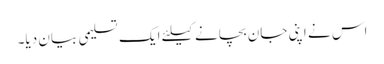
اس نے اپنی جان بچانے کیلئے ایک تسلیمی بیان دیا۔